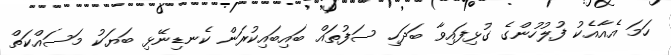
ހަމަ އެއާއެކު ފުލުހުންގެ ގުޅިފައިވާ ބަދަހި ސަފުތައް ބައިބައިކުރަން ކެނޑިނޭޅި ބަޔަކު މަސައްކަތް